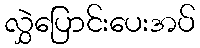
လွှဲပြောင်းပေးအပ်